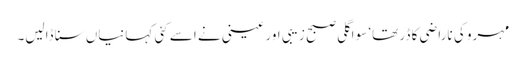
مہرو کی ناراضی کا ڈر تھا‘ سو اگلی صبح زیبی اور عینی نے اسے کئی کہانیاں سنا ڈالیں۔